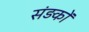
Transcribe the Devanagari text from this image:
संड़कों